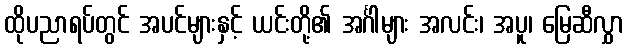
ထိုပညာရပ်တွင် အပင်များနှင့် ယင်းတို့၏ အင်္ဂါများ အလင်း၊ အပူ၊ မြေဆီလွှာ